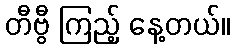
တီဗွီ ကြည့် နေ့တယ်။